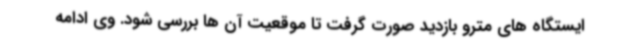
ایستگاه های مترو بازدید صورت گرفت تا موقعیت آن ها بررسی شود. وی ادامه